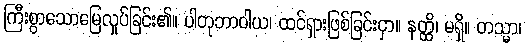
ကြီးစွာသောမြေလှုပ်ခြင်း၏။ ပါတုဘာဝါယ၊ ထင်ရှားဖြစ်ခြင်းငှာ။ နတ္ထိ၊ မရှိ။ တသ္မာ၊